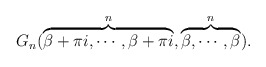
\begin{align*}G_n(\overbrace{\beta+\pi i,\cdots,\beta+\pi i}^n,\overbrace{\beta,\cdots,\beta}^n).\end{align*}